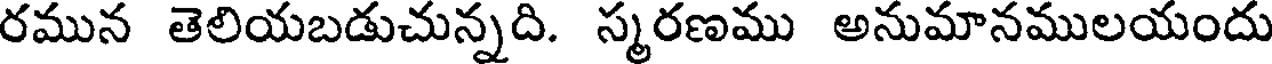
రమున తెలియబడుచున్నది. స్మరణము అనుమానములయందు